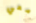
معي